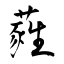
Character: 蕤